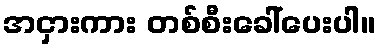
အငှားကား တစ်စီးခေါ်ပေးပါ။